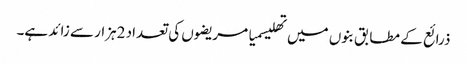
ذرائع کے مطابق بنوں میں تھلیسمیا مریضوں کی تعداد 2ہزار سے زائد ہے۔